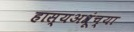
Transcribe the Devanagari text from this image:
हास्यअश्रूंच्या